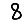
Digit: 8